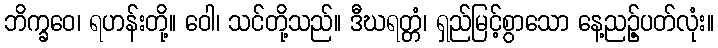
ဘိက္ခဝေ၊ ရဟန်းတို့။ ဝေါ၊ သင်တို့သည်။ ဒီဃရတ္တံ၊ ရှည်မြင့်စွာသော နေ့ညဉ့်ပတ်လုံး။